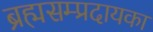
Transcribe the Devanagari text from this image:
ब्रह्मसम्प्रदायका